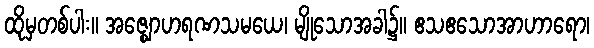
ထိုမှတစ်ပါး။ အဇ္ဈောဟရဏသမယေ၊ မျိုသောအခါ၌။ ဧသဧသောအာဟာရော၊